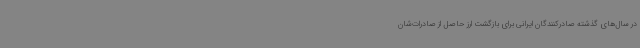
در سال‌های گذشته صادرکنندگان ایرانی برای بازگشت ارز حاصل از صادرات‌شان